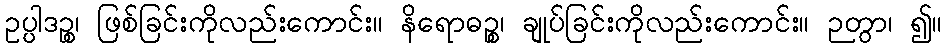
ဥပ္ပါဒဉ္စ၊ ဖြစ်ခြင်းကိုလည်းကောင်း။ နိရောဓဉ္စ၊ ချုပ်ခြင်းကိုလည်းကောင်း။ ဉတွာ၊ ၍။